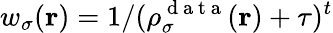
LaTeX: w_{\sigma}(\boldsymbol{\textbf{r}})=1/(\rho_{\sigma}^{\mathrm{~d~a~t~a~}}(\boldsymbol{\textbf{r}})+\tau)^{t}